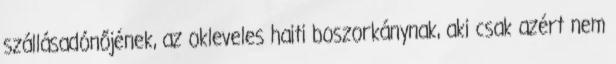
szállásadónőjének, az okleveles haiti boszorkánynak, aki csak azért nem